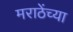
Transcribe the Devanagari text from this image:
मराठेंच्या